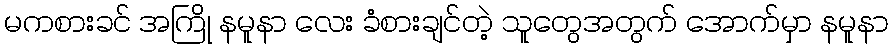
မကစားခင် အကြို နမူနာ လေး ခံစားချင်တဲ့ သူတွေအတွက် အောက်မှာ နမူနာ